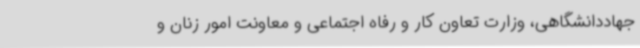
جهاددانشگاهی، وزارت تعاون کار و رفاه اجتماعی و معاونت امور زنان و